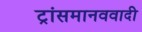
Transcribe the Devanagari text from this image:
ट्रांसमानववादी